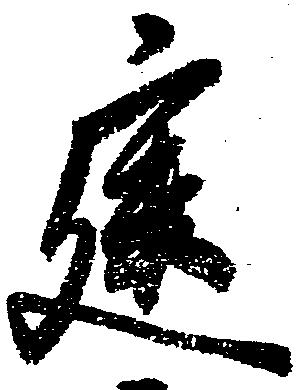
建